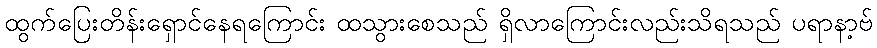
ထွက်ပြေးတိန်းရှောင်နေရကြောင်း ထသွားစေသည် ရှိလာကြောင်းလည်းသိရသည် ပရာနာ့ဗ်